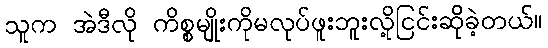
သူက အဲဒီလို ကိစ္စမျိုးကိုမလုပ်ဖူးဘူးလို့ငြင်းဆိုခဲ့တယ်။